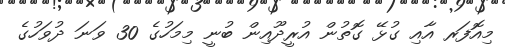
މިއޮފަރ އާއި ގުޅޭ ގޮތުން އުރީދޫއިން ބުނީ މިމަހުގެ 30 ވަނަ ދުވަހުގެ